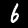
Digit: 6